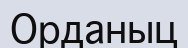
Орданыц